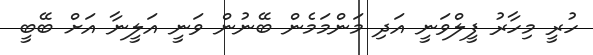
ހުރީ މިހާރު ފީލްވަނީ އަދި މަންމަމެން ބޭނުން ވަނީ އަލީނާ އަށް ބޭބީ